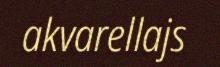
akvarellajs